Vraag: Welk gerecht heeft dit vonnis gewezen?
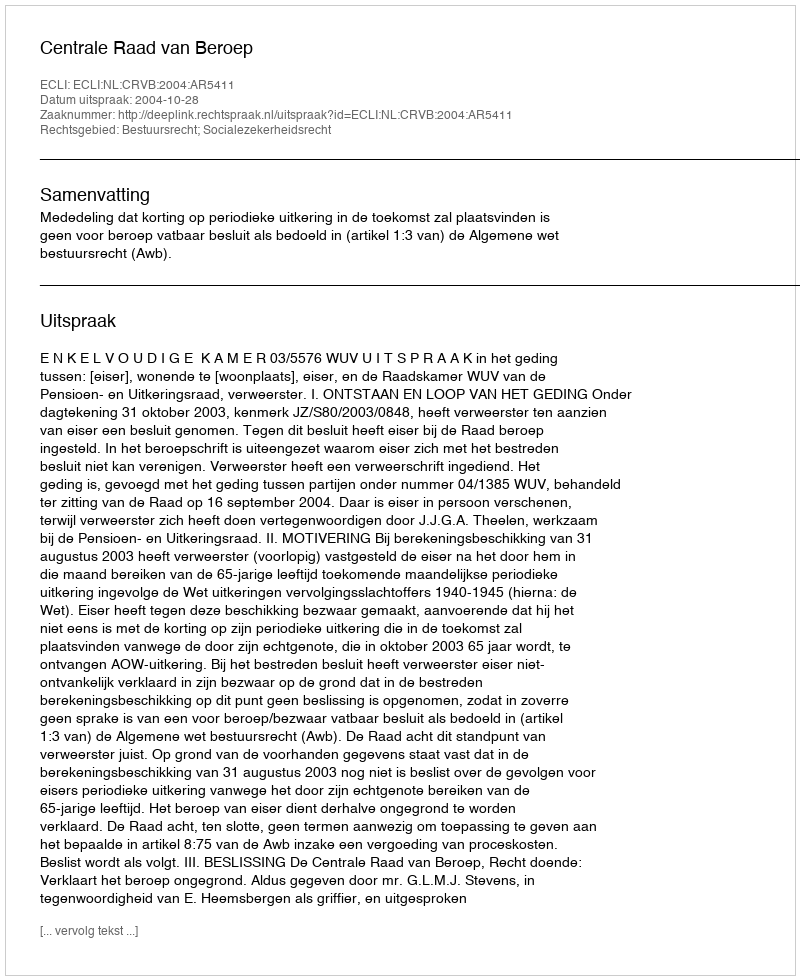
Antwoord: Centrale Raad van Beroep